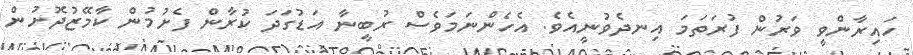
ހައިރާންވީ ވަރުން ފުރަތަމަ އިނދެވުނީއެވެ. އެހެންނަމަވެސް ރުބީނާ އަޑުގަދަ ކުރާން ފެށުމުން ކާމޭޒުދޮށުން